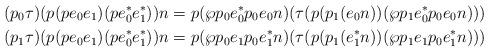
LaTeX: \begin{align*}(p_0\tau) (p (p e_0 e_1) (p e_0^{\ast} e_1^{\ast})) n & = p(\wp p_0 e_0^{\ast} p_0 e_0 n) (\tau(p (p_1 (e_0n)) (\wp p_1 e_0^{\ast} p_0 e_0 n))) \\(p_1\tau) (p (p e_0 e_1) (p e_0^{\ast} e_1^{\ast})) n & = p (\wp p_0 e_1 p_0 e_1^{\ast} n )(\tau(p (p_1 (e_1^{\ast} n)) (\wp p_1 e_1 p_0 e_1^{\ast} n))) \end{align*}